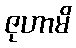
ဇုဟာမိ